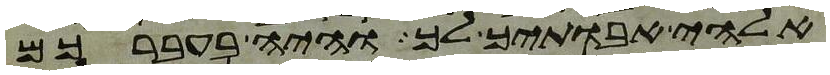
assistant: אלהי אבתיך לך והיה בעברכם